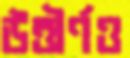
উত্তীর্ণও